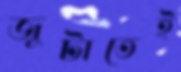
জুটাতেই